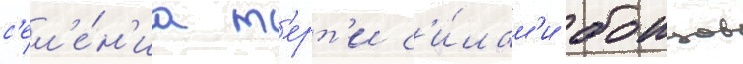
с'ел'е́н'иа т'ерт'и с'и́лам'и боицов